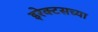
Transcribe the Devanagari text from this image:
इरेक्टसच्या